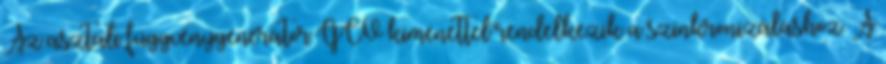
Az asztali függvénygenerátor GCV kimenettel rendelkezik a szinkronizáláshoz. A